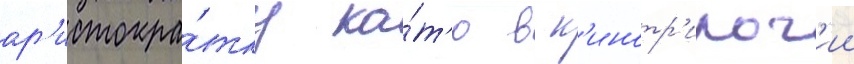
ар'истокра́тку ка́т'ю в к'инотр'илог'ии